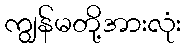
ကျွန်မတို့အားလုံး